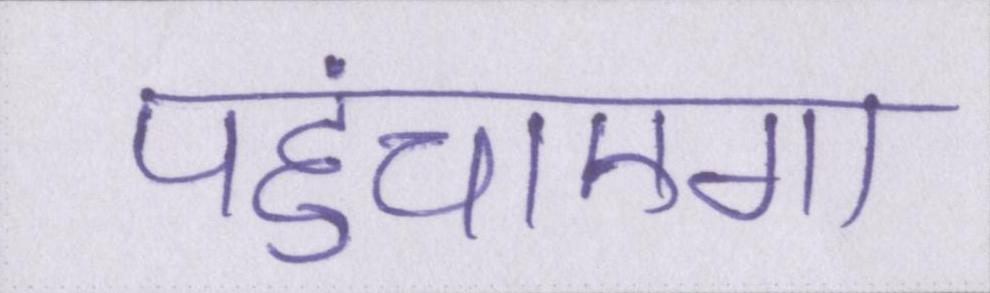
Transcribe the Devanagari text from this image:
पहुंचाएगा